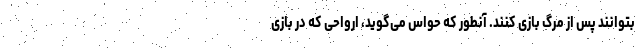
بتوانند پس از مرگ بازی کنند. آنطور که حواس می‌گوید، ارواحی که در بازی